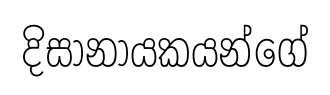
දිසානායකයන්ගේ